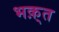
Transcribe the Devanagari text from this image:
भक़्त